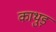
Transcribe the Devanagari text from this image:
काथुड़